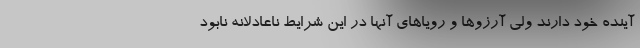
آینده خود دارند ولی آرزوها و رویاهای آنها در این شرایط ناعادلانه نابود